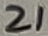
Text: 21